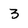
Character: 3